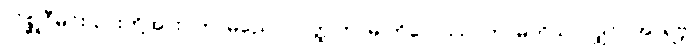
လိစ္ဆုဝီမင်းသားတို့အား။ ကာမညေဝ၊ ဝတ္ထုကာမ ကိလောသာကာမကိုသာလျှင်။ အာရဗ္ဘ၊